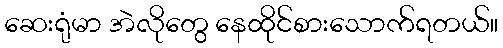
ဆေးရုံမာ အဲလိုတွေ နေထိုင်စားသောက်ရတယ်။